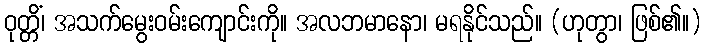
ဝုတ္တိံ၊ အသက်မွေးဝမ်းကျောင်းကို။ အလဘမာနော၊ မရနိုင်သည်။ (ဟုတွာ၊ ဖြစ်၏။)